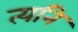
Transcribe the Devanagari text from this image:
त्यनि